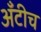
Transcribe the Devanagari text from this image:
अँटीच